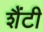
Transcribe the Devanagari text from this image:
शैंटी